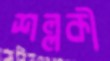
শল্লকী